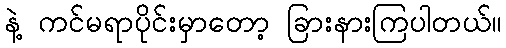
နဲ့ ကင်မရာပိုင်းမှာတော့ ခြားနားကြပါတယ်။